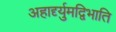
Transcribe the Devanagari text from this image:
अहार्द्द्युमद्विभाति